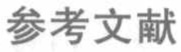
参考文献